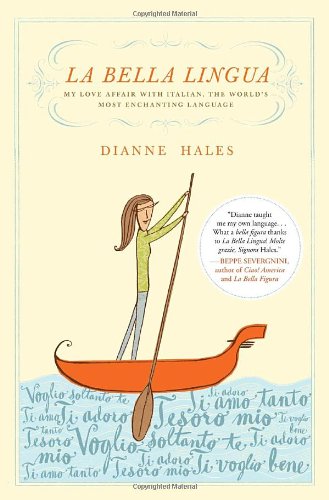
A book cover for La Bella Lingua: My Love Affair with Italian, the World's Most Enchanting Language; Dianne Hales; Travel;